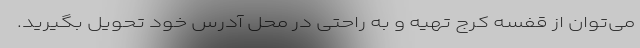
می‌توان از قفسه کرج تهیه و به راحتی در محل آدرس خود تحویل بگیرید.